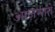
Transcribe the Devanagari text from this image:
आज़माते